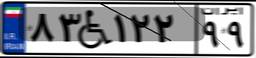
۸۳W۱۲۲۹۹